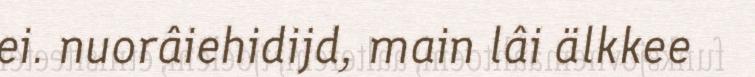
ei. nuorâiehidijd, main lâi älkkee